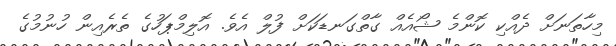
މިހާތަނަށް ދެއްކި ކޮންމެ ޝޯއެއް ގާތްގަނޑަކަށް ފުލް އެވެ. އޮލިމްޕަހުގެ ތެރެއިން ހުނުމުގެ